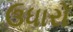
ઉધારો